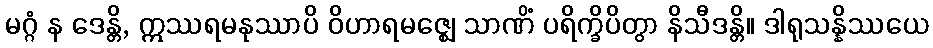
မဂ္ဂံ န ဒေန္တိ, ဣဿရမနုဿာပိ ဝိဟာရမဇ္ဈေ သာဏိံ ပရိက္ခိပိတွာ နိသီဒန္တိ။ ဒါရုသန္နိဿယေ